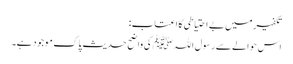
تکفیر میں بے احتیاطی کا اعتاب:
اس حوالے سے رسول اللہﷺ کی واضح حدیث پاک موجود ہے۔